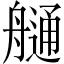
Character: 𦪏